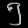
Digit: ၅